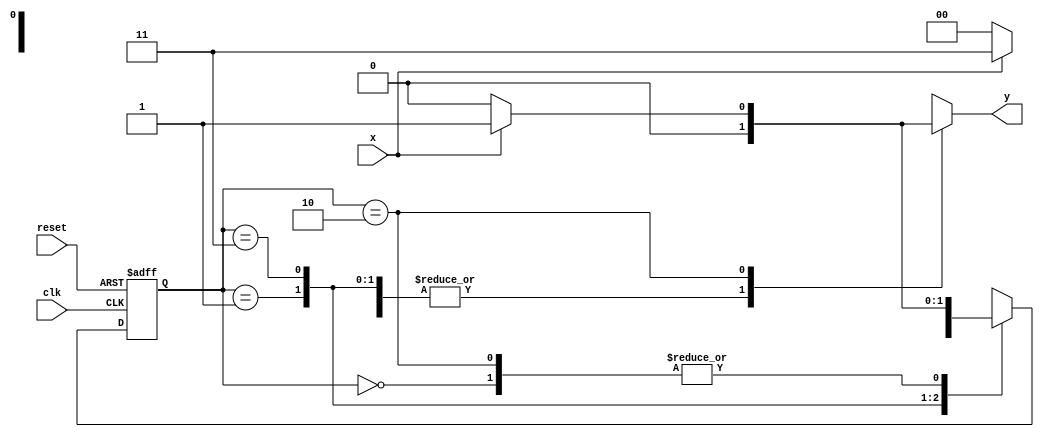
//Breno Macena Pereira de Souza
//462017

//---------------
//-- Mealy FMS
//---------------

// definicao de constantes
`define found 1
`define notfound 0

module mealy1101 (y, x, clk, reset);
   output y;
   input x;
   input clk;
   input reset;
   reg y;

 parameter  // identificadores de estado
   start = 2'b00,
   id1   = 2'b01,
   id11  = 2'b11,
   id110 = 2'b10;

   reg[1:0] E1; // estado atual da variavel
   reg[1:0] E2; // proximo stado da saida logica

   // proximo estado logico
 always @ (x or E1)
  begin
  y = `notfound;
  case (E1)
   start:
    if (x)
     E2 = id1;
    else
     E2 = start;
   id1:
    if (x)
     E2 = id11;
    else
     E2 = start;
   id11:
    if (x)
     E2 = id11;
    else
     E2 = id110;
   id110:
    if (x)
     begin
      E2 = id1;
      y = `found;
     end
    else
     begin
      E2 = start;
      y = `notfound;
     end
    default: // estado indefinido
     E2 = 2'bxx;
  endcase
 end // sempre no sinal ou estado de mudanca

 // variaveis de estado
 always @ (posedge clk or negedge reset)
  begin
   if (reset)
    E1 = E2; // atualiza o stado atual
   else
    E1 = 0;  // reset
  end // sempre em mudanca de sinal

endmodule // mealy1101